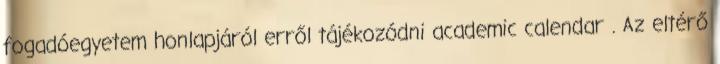
fogadóegyetem honlapjáról erről tájékozódni academic calendar . Az eltérő